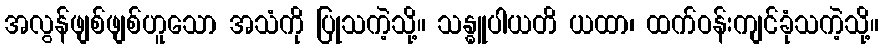
အလွန်ဖျစ်ဖျစ်ဟူသော အသံကို ပြုသကဲ့သို့။ သန္ဓူပါယတိ ယထာ၊ ထက်ဝန်းကျင်ခုံသကဲ့သို့။